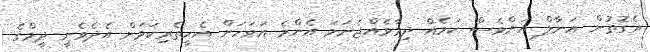
އެގޮތުން އަނާލް އަށްވެސް ކަމެއް ދިމާވެއްޖެނަމަ އެންމެ އަވަހަށް އެހީތެރިކަމަށް އެދެވެނީ ދީމްގެ